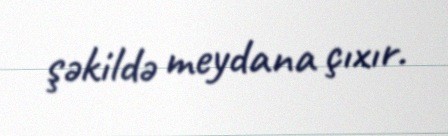
şəkildə meydana çıxır.